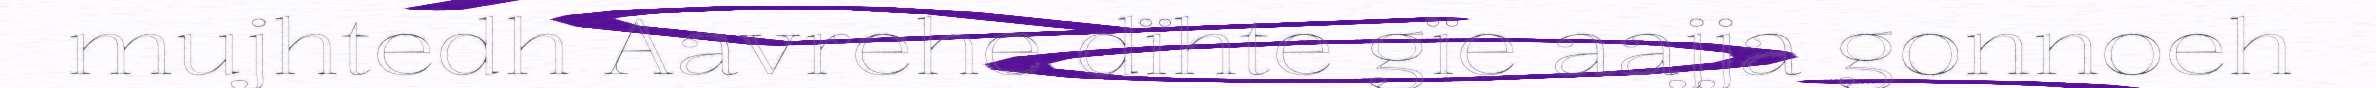
mujhtedh Aavrehe dïhte gïe aajja gonnoeh